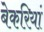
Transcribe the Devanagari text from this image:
बेकरियां